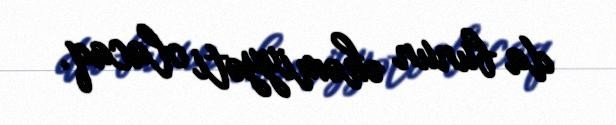
da bunun əhəmiyyəti olacaq.